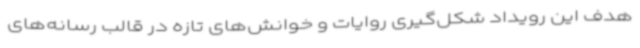
هدف این رویداد شکل‌گیری روایات و خوانش‌های تازه در قالب رسانه‌های